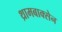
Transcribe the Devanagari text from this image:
थ्रामबाक्सेन